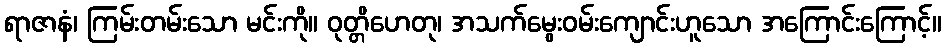
ရာဇာနံ၊ ကြမ်းတမ်းသော မင်းကို။ ဝုတ္တိဟေတု၊ အသက်မွေးဝမ်းကျောင်းဟူသော အကြောင်းကြောင့်။